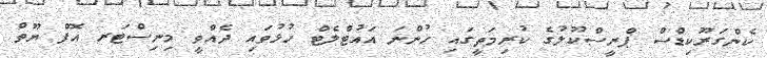
ކެންގަރޫކިޑްސް ޕްރީސްކޫލުގެ ކުރިމަތީގައި ހުންނަ އައުޓްލެޓް ހުޅުވައި ދެއްވީ މިނިސްޓަރ އޮފް ޔޫތް